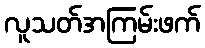
လူသတ်အကြမ်းဖက်